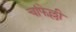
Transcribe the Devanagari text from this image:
चांफेल्ली